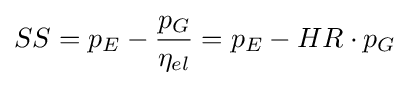
SS=p_{E}-{\frac {p_{G}}{\eta _{el}}}=p_{E}-HR\cdot p_{G}